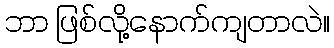
ဘာ ဖြစ်လို့နောက်ကျတာလဲ။